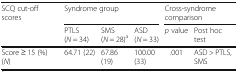
<table><thead><tr><td rowspan="2"><b>SCQ cut-off scores</b></td><td colspan="3"><b>Syndrome group</b></td><td colspan="2"><b>Cross-syndrome comparison</b></td></tr><tr><td><b>PTLS (<i>N</i> = 34)</b></td><td><b>SMS (<i>N</i> = 28)<sup>a</sup></b></td><td><b>ASD (<i>N</i> = 33)</b></td><td><b><i>p</i> value</b></td><td><b>Post hoc test</b></td></tr></thead><tbody><tr><td>Score ≥ 15 (%) (<i>N</i>)</td><td>64.71 (22)</td><td>67.86 (19)</td><td>100.00 (33)</td><td>.001</td><td>ASD &gt; PTLS, SMS</td></tr></tbody></table>